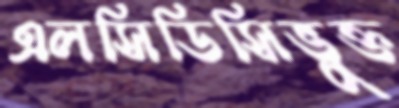
এলসিডিসিভুক্ত